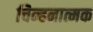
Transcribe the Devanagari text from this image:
चिन्हनात्मक